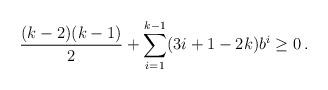
LaTeX: \begin{align*}\frac{(k-2)(k-1)}{2}+\sum_{i=1}^{k-1}(3i+1-2k)b^i\ge 0\,.\end{align*}